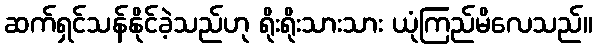
ဆက်ရှင်သန်နိုင်ခဲ့သည်ဟု ရိုးရိုးသားသား ယုံကြည်မိလေသည်။